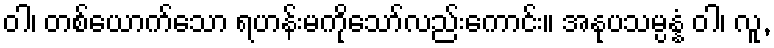
ဝါ၊ တစ်ယောက်သော ရဟန်းမကိုသော်လည်းကောင်း။ အနုပသမ္ပန္နံ ဝါ၊ လူ,